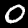
Label: 0